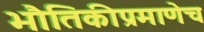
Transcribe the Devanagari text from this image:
भौतिकीप्रमाणेच